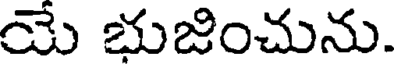
యే భుజించును.